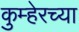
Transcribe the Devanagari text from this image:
कुम्हेरच्या